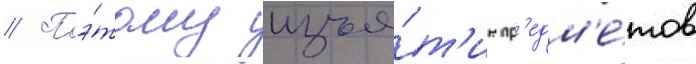
// Поэ́тому изъя́т'ие пр'едм'е́тов